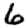
Digit: 6